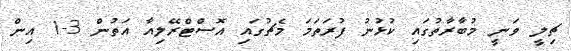
ޗިލީ ވަނީ މުބާރާތުގައި ކުޅުނު ފުރަތަމަ މެޗުގައި އޮސްޓްރޭލިއާ އަތުން 3-1 އިން